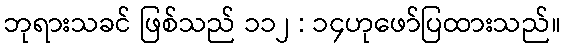
ဘုရားသခင် ဖြစ်သည် ၁၁၂ : ၁၄ဟုဖော်ပြထားသည်။